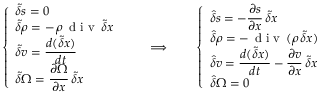
\left\{ \begin{array} { l } { \displaystyle \tilde { \delta } s = 0 } \\ { \displaystyle \tilde { \delta } \rho = - \, \rho \, \mathrm { ~ d ~ i ~ v ~ } \, \tilde { \delta } \boldsymbol { x } } \\ { \displaystyle \tilde { \delta } { \boldsymbol v } = \frac { d ( \tilde { \delta } \boldsymbol { x } ) } { d t } } \\ { \displaystyle \tilde { \delta } \Omega = \frac { \partial \Omega } { \partial \boldsymbol { x } } \, \tilde { \delta } \boldsymbol { x } } \end{array} \right. \qquad \Longrightarrow \qquad \left\{ \begin{array} { l } { \displaystyle \hat { \delta } s = - \frac { \partial s } { \partial \boldsymbol { x } } \, \tilde { \delta } \boldsymbol { x } } \\ { \displaystyle \hat { \delta } \rho = - \, \mathrm { ~ d ~ i ~ v ~ } \, ( \rho \, \tilde { \delta } \boldsymbol { x } ) } \\ { \displaystyle \hat { \delta } { \boldsymbol v } = \frac { d ( \tilde { \delta } \boldsymbol { x } ) } { d t } - \frac { \partial { \boldsymbol v } } { \partial \boldsymbol { x } } \, \tilde { \delta } \boldsymbol { x } } \\ { \displaystyle \hat { \delta } \Omega = 0 } \end{array} \right.